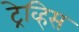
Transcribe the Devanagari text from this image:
ट्रेव्हिस